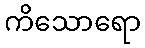
ကိသောရော